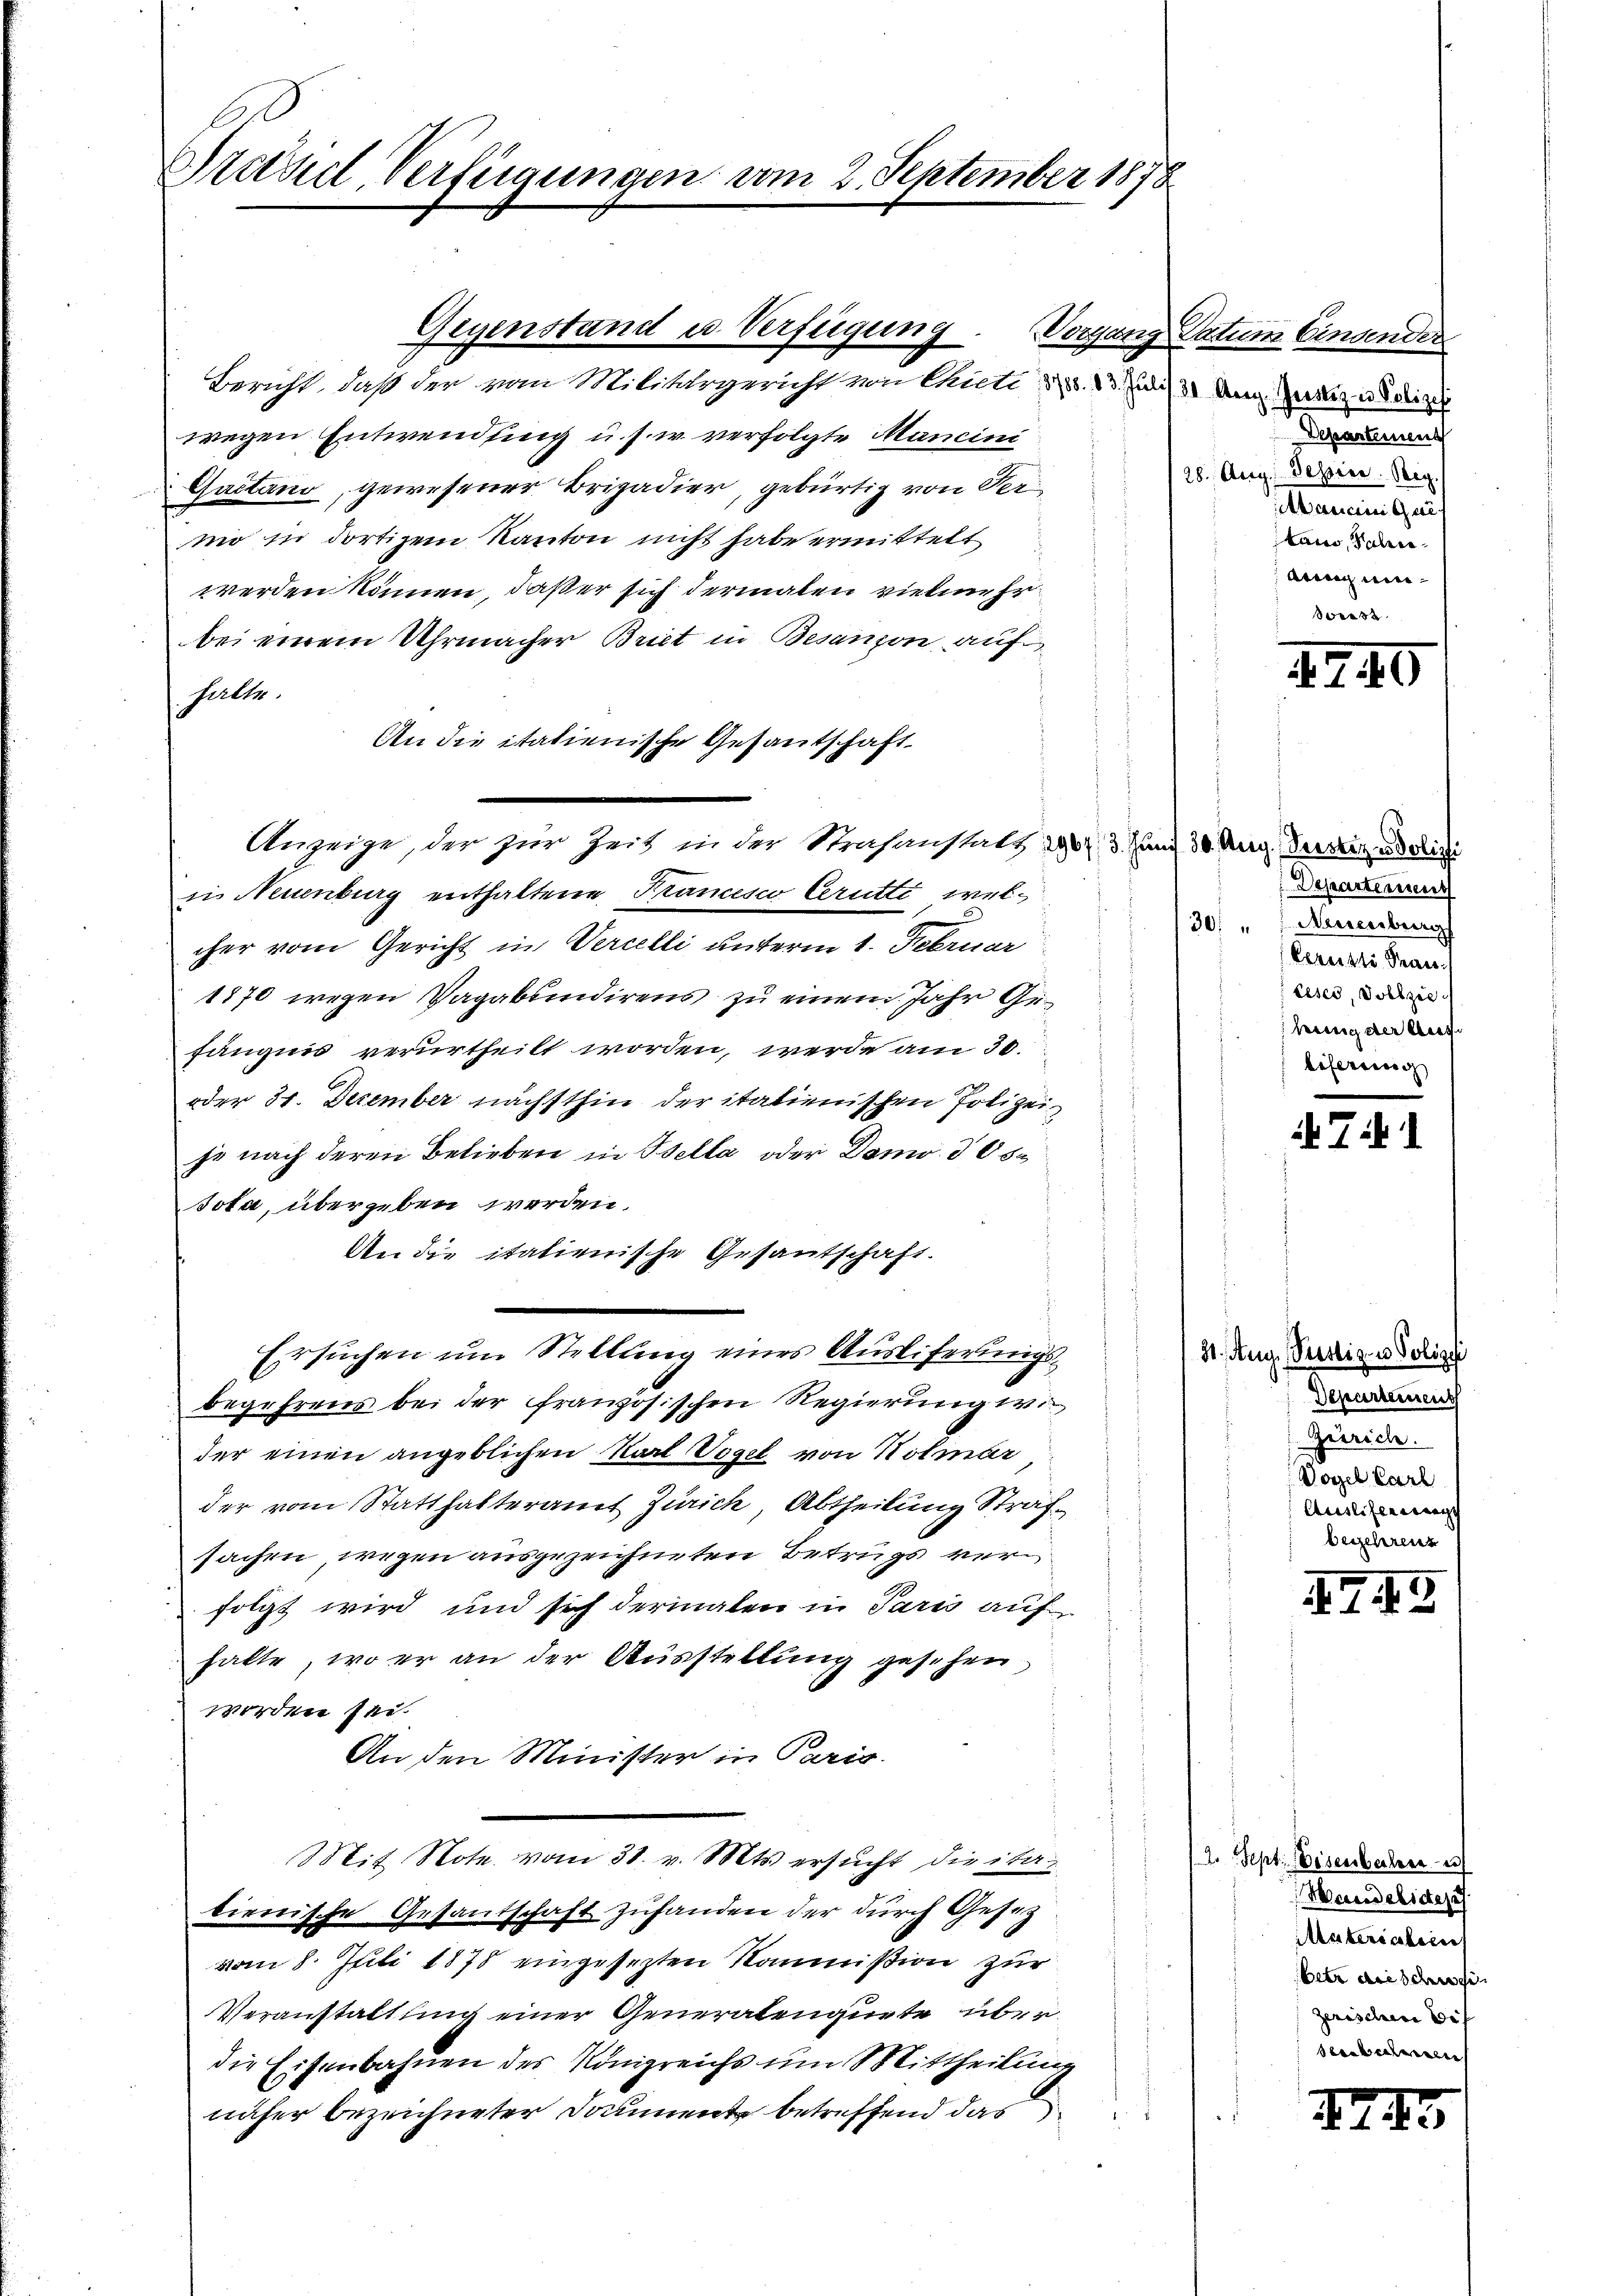
Previel Verfügunge

Gegenstand u. Verfügung
Bericht, daß der vom Militärgericht von Chiete 378. 13. Juli 31 Aug. Zustiz u Seine
wegen Entwendung u. s. w. verfolgte Mancini
Gaetano, gewesener Brigadier, gebürtig von Vermo in dortigem Kanton nicht habe ermittelt
werden können, daß er sich dermalen vielmehr
bei einem Uhrmacher Briet in Besanzen auf
halte.
An die italienische Gesantschaft
Anzeige, der zur Zeit in der Strafanstatt 296 f. 3. Juni 30. Aug. Vertruderisi
in Neuenburg enthaltene Francesco Cerutti welcher vom Gericht in Vercelli unterm 1. Februar
1870 wegen Vagabundirens zu einem Jahr Gefängnis verurtheilt worden, werde am 30.
oder 30. December nächsthin der italienischen Polizei
je nach deren Belieben in Bella oder Domo d0s¬
Jota, übergeben werden.
An die italienische Gesantschaft.
Ersuchen um Stellung eines Ausliferungsbegehrens bei der französischen Regierung wie
der einen angeblichen Karl Vogel von Notenter
der vom Statthalteramt Zürich, Abtheilung Sträfsachen wegen ausgezeichneten Betrugs verfolgt wird und sich dermalen in Paris auf
halte, wo er an der Ausstellung gesehen,
worden sei.
An den Minister in Paris
Mit Note vom 31. v. Mts. ersucht die ita-
lienische Gesantschaft zufanden der durch Gesetz
vom 8. Juli 1878 eingesezten Kommißion zur
Veranstattung einer Generalenquete überdie Eisenbahnen des Königreichs um Mittheilung
näher bezeichneter Daumente betreffend das

vom 2. September 1878.

Vorgang Datum Einsender
Departement
28. Aarg. Tessier. Bey
anein Gekam, Sohn
Ang wiesweis

1740

Departement
30 " " Neuenburg
kereikle Trau
Leser, Dollzie
hung der Aus
lifereinig

Tit. 1

31. Aug. Pertigen Polizei
Departement
Gerich.
Vogel Carl
Ausliferswegs
begehrenz

74

2. Sept. Eisenbacher u
Mandelictes
Materialien
betr die schrei
zerischen bis
senbahnen

II.